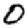
Digit: 0